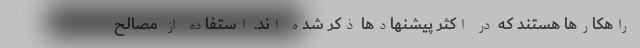
راهکارها هستند که در اکثر پیشنهادها ذکر شده اند. استفاده از مصالح